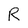
Character: R